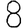
Digit: 8